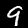
Digit: 9